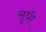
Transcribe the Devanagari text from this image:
सूधी